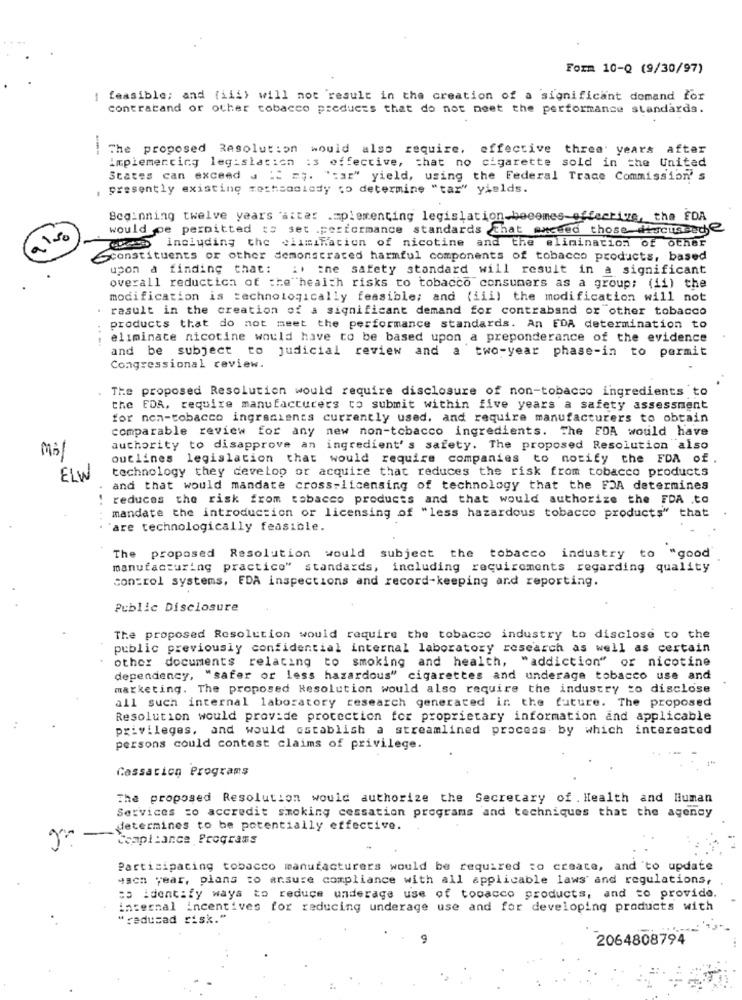
Form 10-Q (9/30/97)
-
feasible; and (iii) will not 'result in the creation of a significant demand for
contracand or other tobacco products that do not meet the performance standards.
---
The proposed Resolution would also require. effective
three years after
Implementing legislation :3 effective, that no cigarette sold in the United
States can exceed . " =;. "car" yield, using the Federal Trade Commission's
presently existing sechsoniedy co determine "tar" yields.
Beginning twelve years 'atter implementing legislation becomes-effective, the FDA
would pe permitted is set .pericrmance standards that exceed those discussed?
also
Ces including the elimination of nicotine and the elimination of other
Sconstituents or other demonstrated harmful components of tobacco products, based
upon a finding that: :. : ne safety standard will result in a significant
overall reductica of the health risks to tobacco consumers as a group; (ii) the
modification is technologically feasible; and (iii) the modification will not
. result in the creation of a significant demand for contraband or other tobacco
products that do not meet the performance standards. An FDA determination to
....
eliminate nicotine would have to be based upon a preponderance of the evidence
and be subject to judicial review and a two-year phase-in to permit
Congressional review.
. The proposed Resolution would require disclosure of non-tobacco ingredients to
the EDA. require manufacturers to submit within five years a safety assessment
for non-tobacco ingredients currently used, and require manufacturers to obtain
comparable review for any new non-tobacco ingredients. The FDA would have
authority to disapprove an ingredient' s safety. The proposed Resolution also
mil
outlines legislation that would require companies to notify the FDA of .
technology they develop or acquire that reduces the risk from tobacco products
ELW
and that would mandate cross-licensing of technology that the FDA determines
reduces the risk from tobacco products and that would authorize the FDA .to
mandate the introduction or licensing of "less hazardous tobacco products" that
are technologically feasible.
The proposed Resolution would subject the tobacco industry to "good
manufacturing practice" standards, including requirements regarding quality
control systems, EDA inspections and record-keeping and reporting.
Public Disclosure
The proposed Resolution would require the tobacco industry to disclose to the
public previously confidential internal laboratory research as well as certain
other documents relating to smoking and health, "addiction" or nicotine
dependency, "safer or less hazardous" cigarettes and underage tobacco use and
marketing. The proposed Resolution would also require the industry to disclose
all such internal laboratory research generated in the future. The proposed
Resolution would provide protection for proprietary information and applicable
privileges, and would establish a streamlined process by which interested
persons could contest claims of privilege.
Cassation Programs
The proposed Resolution would authorize the Secretary of . Health and Human
Services =o accredit smoking cessation programs and techniques that the agency
determines to be potentially effective.
Compliance Programs
Participating tobacco manufacturers would be required to create, and to update
Hach year, plans to arsure compliance with all applicable laws and regulations,
.
es identify ways to reduce underage use of tobacco products, and to provide.
internal incentives for reducing underage use and for developing products with
" reducad risk."
9
2064808794